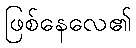
ဖြစ်နေလေ၏